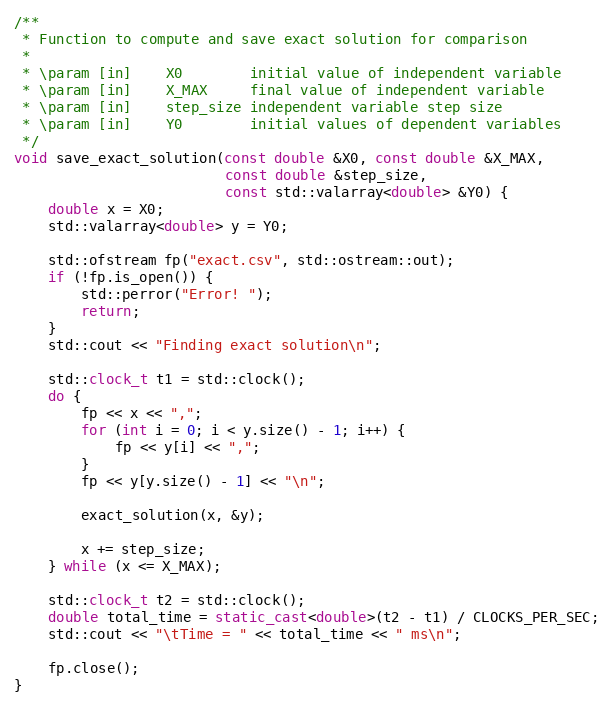
Language: C++
/**
 * Function to compute and save exact solution for comparison
 *
 * \param [in]    X0  	    initial value of independent variable
 * \param [in] 	  X_MAX	    final value of independent variable
 * \param [in] 	  step_size	independent variable step size
 * \param [in]    Y0	    initial values of dependent variables
 */
void save_exact_solution(const double &X0, const double &X_MAX,
                         const double &step_size,
                         const std::valarray<double> &Y0) {
    double x = X0;
    std::valarray<double> y = Y0;

    std::ofstream fp("exact.csv", std::ostream::out);
    if (!fp.is_open()) {
        std::perror("Error! ");
        return;
    }
    std::cout << "Finding exact solution\n";

    std::clock_t t1 = std::clock();
    do {
        fp << x << ",";
        for (int i = 0; i < y.size() - 1; i++) {
            fp << y[i] << ",";
        }
        fp << y[y.size() - 1] << "\n";

        exact_solution(x, &y);

        x += step_size;
    } while (x <= X_MAX);

    std::clock_t t2 = std::clock();
    double total_time = static_cast<double>(t2 - t1) / CLOCKS_PER_SEC;
    std::cout << "\tTime = " << total_time << " ms\n";

    fp.close();
}